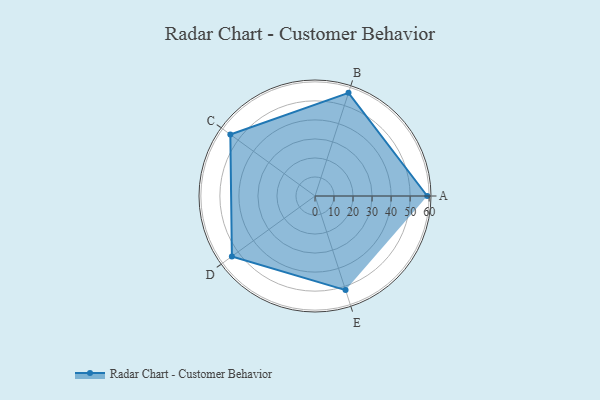
{"axis": {"x": "Skill", "y": "Score"}, "legend": ["Profile"], "data": [{"x": "A", "y": 59.0, "type": "Profile"}, {"x": "B", "y": 57.0, "type": "Profile"}, {"x": "C", "y": 55.0, "type": "Profile"}, {"x": "D", "y": 54.0, "type": "Profile"}, {"x": "E", "y": 52.0, "type": "Profile"}]}